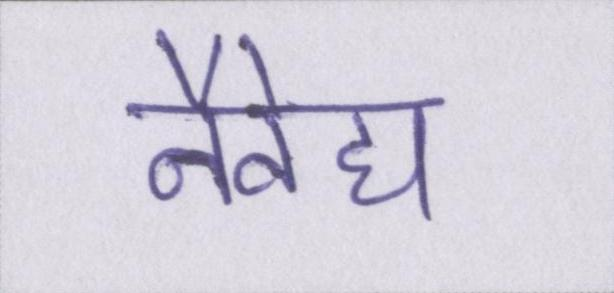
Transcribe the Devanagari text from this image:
नैवेद्य